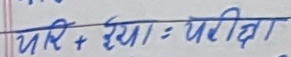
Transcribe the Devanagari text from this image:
परि + हया : परीक्षा